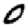
Digit: 0